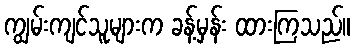
ကျွမ်းကျင်သူများက ခန့်မှန်း ထားကြသည်။